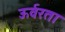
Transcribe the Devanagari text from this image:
ऊर्वरता